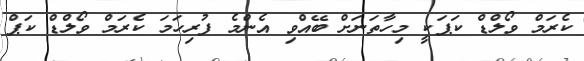
ކެރަމް ވޯލްޑް ކަޕަކީ މިހާތަނަށް ބޭއްވި އެންމެ ފުރިހަމަ ކެރަމް ވޯލްޑް ކަޕް